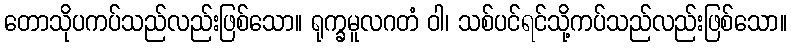
တောသိုပကပ်သည်လည်းဖြစ်သော။ ရုက္ခမူလဂတံ ဝါ၊ သစ်ပင်ရင်သို့ကပ်သည်လည်းဖြစ်သော။